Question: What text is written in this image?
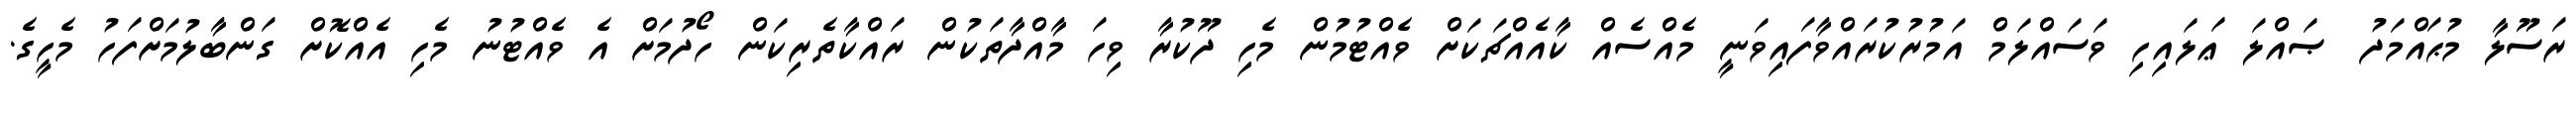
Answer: ރަސޫލާ މުޙައްމަދު ޞައްލަ ޢަލައިހި ވަސައްލަމް އަމުރުކުރައްވާފައިވަނީ މެއްސެއް ކާއެއްޗަކަށް ވެއްޓުމުން މެހި ދޫކުރާ ވިހަ މާއްދާތަކުން ރައްކާތެރިކަން ހޯދުމަށް އެ ވެއްޓުނު މެހި އެއްކޮށް ގަންބާލުމަށްފަހު މެހީގެ.